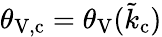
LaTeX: \theta_{\mathrm{V,c}}=\theta_{\mathrm{V}}(\tilde{k}_{\mathrm{c}})